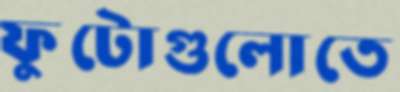
ফুটোগুলোতে